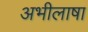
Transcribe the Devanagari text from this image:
अभीलाषा